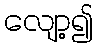
လျော့၍